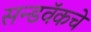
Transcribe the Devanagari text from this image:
सन्डवॅकचे